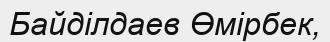
Байділдаев Өмірбек,